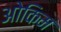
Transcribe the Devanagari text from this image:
ओकिम